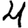
Digit: 4